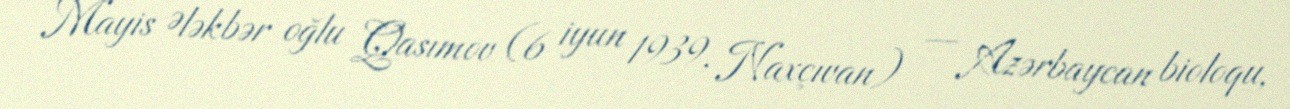
Mayis Ələkbər oğlu Qasımov (6 iyun 1939, Naxçıvan) — Azərbaycan bioloqu,